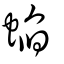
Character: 蜭